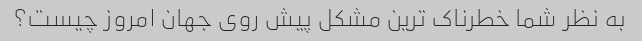
به نظر شما خطرناک ترین مشکل پیش روی جهان امروز چیست؟